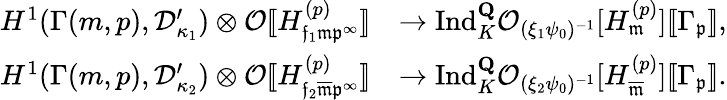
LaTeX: \begin{array}{rl}{H^{1}(\Gamma(m,p),\mathcal{D}_{\kappa_{1}}^{\prime})\otimes\mathcal O[\! [H_{\mathfrak{f}_{1}\mathfrak{m}\mathfrak{p}^{\infty}}^{(p)}]\! ]}&{\rightarrow\mathrm{Ind}_{K}^{\mathbf{Q}}\mathcal O_{(\xi_{1}\psi_{0})^{-1}}[H_{\mathfrak{m}}^{(p)}][\! [\Gamma_{\mathfrak{p}}]\! ],}\\ {H^{1}(\Gamma(m,p),\mathcal{D}_{\kappa_{2}}^{\prime})\otimes\mathcal O[\! [H_{\mathfrak{f}_{2}\overline{{\mathfrak{m}}}\mathfrak{p}^{\infty}}^{(p)}]\! ]}&{\rightarrow\mathrm{Ind}_{K}^{\mathbf{Q}}\mathcal O_{(\xi_{2}\psi_{0})^{-1}}[H_{\overline{{\mathfrak{m}}}}^{(p)}][\! [\Gamma_{\mathfrak{p}}]\! ].}\end{array}